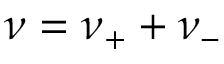
\nu = \nu _ { + } + \nu _ { - }